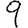
Digit: 9